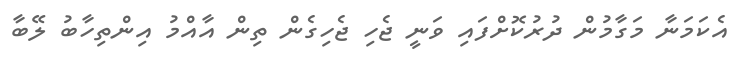
އެކަމަނާ މަގާމުން ދުރުކޮށްފައި ވަނީ ޖެހި ޖެހިގެން ތިން އާއްމު އިންތިހާބު ލޭބާ